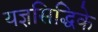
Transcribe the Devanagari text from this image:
यज्ञसिद्धिके